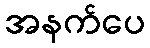
အနက်ပေ